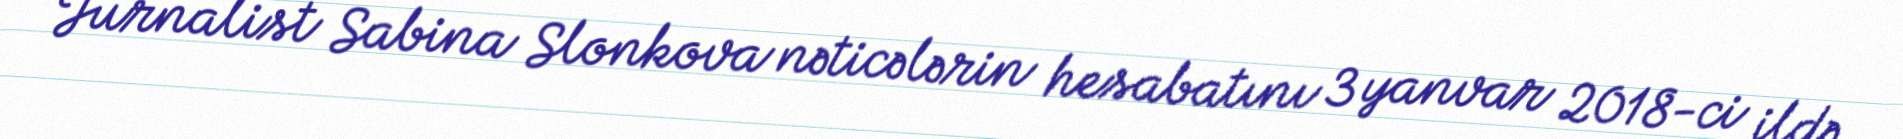
Jurnalist Sabina Slonkova nəticələrin hesabatını 3 yanvar 2018-ci ildə